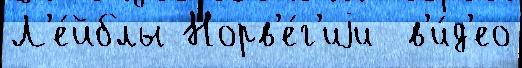
Л'е́йблы Норв'е́г'иjи  в'и́д'ео